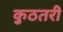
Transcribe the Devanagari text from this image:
कुठतरी